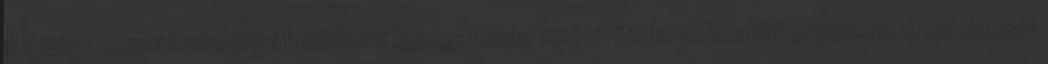
a Fejér Megyei Katasztrófavédelmi Igazgatóság szóvivője közölte: Bakonycsernyénél elakadt